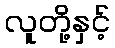
လူတို့နှင့်